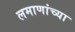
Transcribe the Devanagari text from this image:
लमाणांच्या